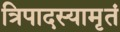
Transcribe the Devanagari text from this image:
त्रिपादस्यामृतं